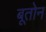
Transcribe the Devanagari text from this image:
बूतोन